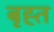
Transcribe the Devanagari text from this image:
बृह्त